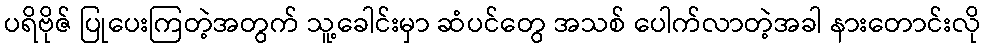
ပရိဗိုဇ် ပြုပေးကြတဲ့အတွက် သူ့ခေါင်းမှာ ဆံပင်တွေ အသစ် ပေါက်လာတဲ့အခါ နားတောင်းလို